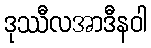
ဒုဿီလအာဒီနဝါ